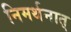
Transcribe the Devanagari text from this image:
निमर्थनात्